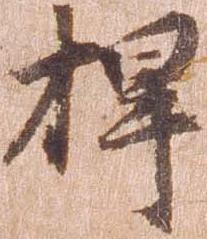
捍